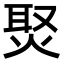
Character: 㷅